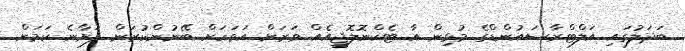
ބަދަލުގައި އަލްޓްރާސައުންޑްގެ މުޅިން އާ ޓެކްނޮލޮޖީއެއް ވަރަށް އަވަހަށް ބޭނުންކުރަން ފަށާނެ ކަމަށް